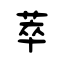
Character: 萃